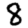
Digit: 8